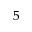
^ { 5 }